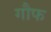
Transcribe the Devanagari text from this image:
गौफ